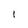
Character: l